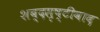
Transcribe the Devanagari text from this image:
शब्दसृष्टीवाद